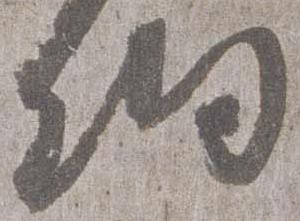
細